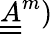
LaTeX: \underline{{\underline{{A}}}}^{m})